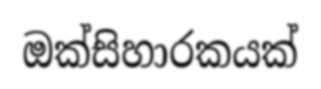
ඔක්සිහාරකයක්